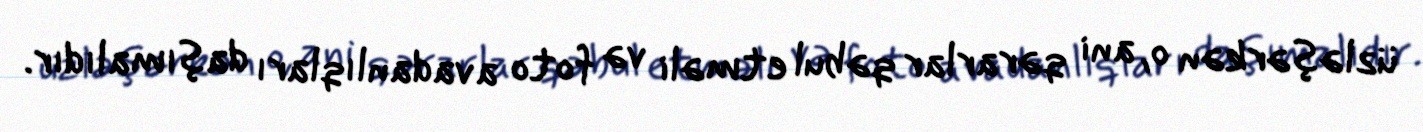
üzləşərkən o, ani qərarlar qəbul etməli və foto avadanlıqları daşımalıdır.